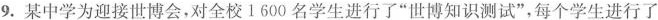
9.某中学为迎接世博会，对全校1600名学生进行了